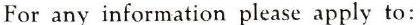
For any information please apply to: